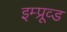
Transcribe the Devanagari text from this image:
इम्प्रूव्ड